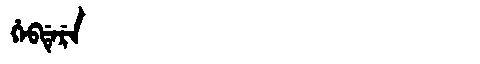
Manchu: ᡥᡝᠪᡩᡝᡵᡝ
Romanization: HEBDERE